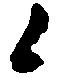
候